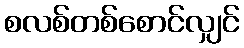
စလစ်တစ်စောင်လျှင်